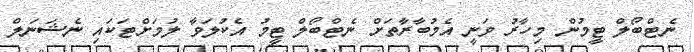
ނެޓްބޯލް ޓީމުން މިހާރު ވަނީ އެމުބާރާތަށް ނެޓްބޯލް ޓީމު އެކުލަވާ ލުމަށްޓަކައި ނެޝަނަލް